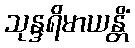
သုန္ဒရိမာယန္တိံ